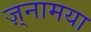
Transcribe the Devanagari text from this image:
ज़्नामया